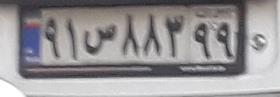
۹۱س۸۸۳۹۹